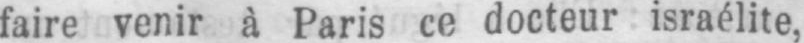
faire venir à Paris ce docteur israélite,